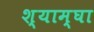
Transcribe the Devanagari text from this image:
श्याम्घा